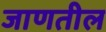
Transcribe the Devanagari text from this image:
जाणतील